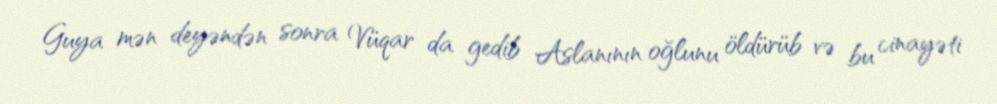
Guya mən deyəndən sonra Vüqar da gedib Aslanının oğlunu öldürüb və bu cinayəti